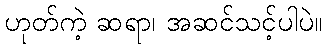
ဟုတ်ကဲ့ ဆရာ၊ အဆင်သင့်ပါပဲ။